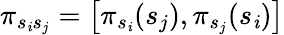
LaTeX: \pi_{s_{\mathit{i}}s_{j}}=\left[\pi_{s_{\mathit{i}}}(s_{j}),\pi_{s_{j}}(s_{\mathit{i}})\right]